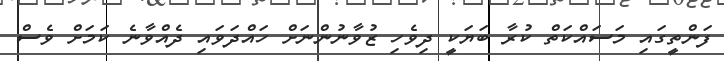
ފަންތީގައި މަސައްކަތް ކުރާ ބަޔަކީ ދިވެހި ޒުވާނުންނަށް ހައްދަވައި ދެއްވާނެ ކަމަށް ވެސް